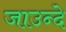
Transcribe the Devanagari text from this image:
जाउन्दे